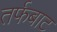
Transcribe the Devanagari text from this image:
तर्फबाट